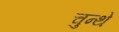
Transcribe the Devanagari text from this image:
चुन्थे